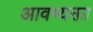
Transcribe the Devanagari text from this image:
आवष्यक्ता